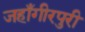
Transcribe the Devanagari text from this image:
जहाँगीरपुरी